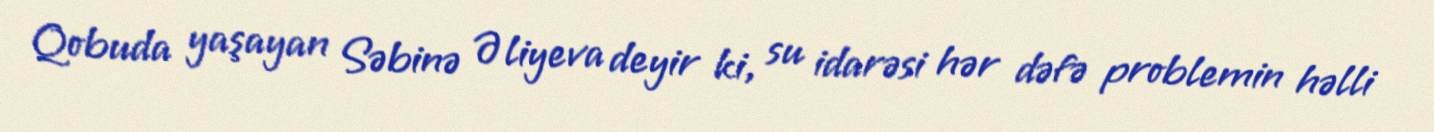
Qobuda yaşayan Səbinə Əliyeva deyir ki, su idarəsi hər dəfə problemin həlli